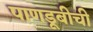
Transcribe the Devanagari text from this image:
पाणडूबीची